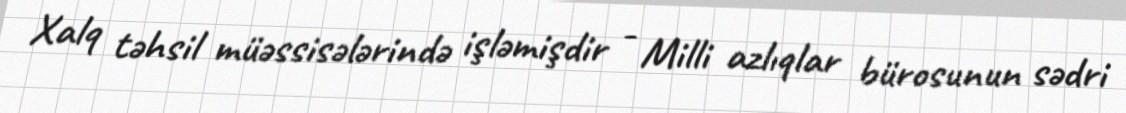
Xalq təhsil müəssisələrində işləmişdir - Milli azlıqlar bürosunun sədri